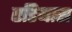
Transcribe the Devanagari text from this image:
एडियास